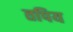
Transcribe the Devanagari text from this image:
तपिय